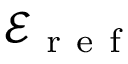
\mathcal { E } _ { \mathrm { ~ r ~ e ~ f ~ } }